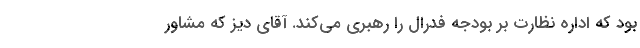
بود که اداره نظارت بر بودجه فدرال را رهبری می‌کند. آقای دیز که مشاور